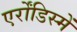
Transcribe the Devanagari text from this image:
एर्रोंडिस्में